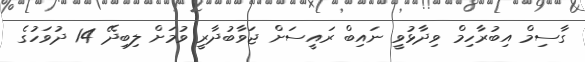
ގާސިމް އިބުރާހިމް ވިދާޅުވީ ނައިބް ރައީސަށް ޖަވާބުދާރީ ވުމަށް ލިބިދޭ 14 ދުވަހުގެ